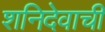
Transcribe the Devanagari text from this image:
शनिदेवाची